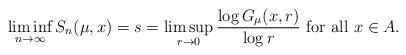
LaTeX: \begin{align*}\liminf_{n\to \infty} S_n(\mu,x)=s=\limsup_{r\to 0} \frac{\log G_\mu(x,r)}{\log r} \mbox{ for all $x\in A$}.\end{align*}